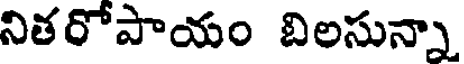
నితరోపాయం బిలసున్నా